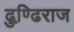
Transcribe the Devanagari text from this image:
ढुण्ढि़राज